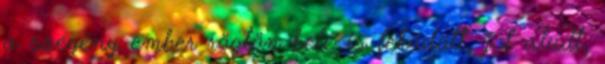
a szegény ember rögtön belé is feküdött, jól aludt,